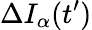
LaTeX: \Delta I_{\alpha}(t^{\prime})